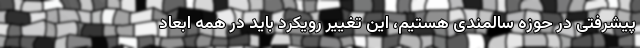
پیشرفتی در حوزه سالمندی هستیم، این تغییر رویکرد باید در همه ابعاد